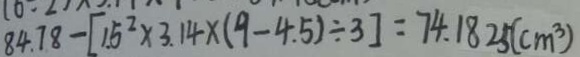
8 4 . 7 8 - [ 1 . 5 ^ { 2 } \times 3 . 1 4 \times ( 9 - 4 . 5 ) \div 3 ] = 7 4 . 1 8 2 5 ( c m ^ { 3 } )